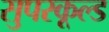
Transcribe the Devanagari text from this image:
सुपरकूल्ड